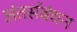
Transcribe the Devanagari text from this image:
अंतर्सबंधन